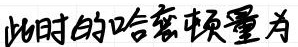
此时的哈密顿量为